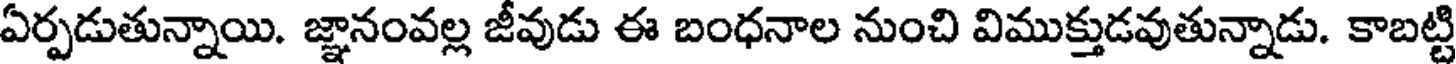
ఏర్పడుతున్నాయి. జ్ఞానంవల్ల జీవుడు ఈ బంధనాల నుంచి విముక్తుడవుతున్నాడు. కాబట్టి